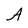
Character: A